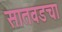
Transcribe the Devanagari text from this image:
सातवडचा